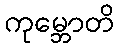
ကုမ္ဘောတိ